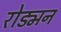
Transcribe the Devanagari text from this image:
रोड्मन